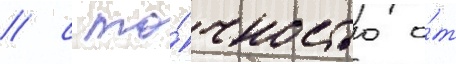
/ с то́чностью о́т